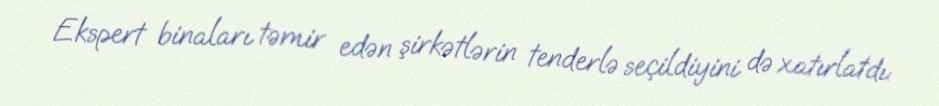
Ekspert binaları təmir edən şirkətlərin tenderlə seçildiyini də xatırlatdı: